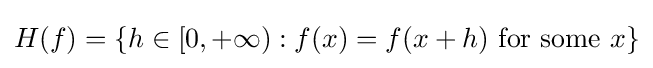
H(f)=\{h\in [0,+\infty ):f(x)=f(x+h){\text{ for some }}x\}